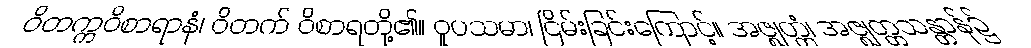
ဝိတက္ကဝိစာရာနံ၊ ဝိတက် ဝိစာရတို့၏။ ဝူပသမာ၊ ငြိမ်းခြင်းကြောင့်။ အဇ္ဈတ္တံ၊ အဇ္ဈတ္တသန္တာန်၌